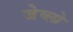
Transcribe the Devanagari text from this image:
जेव्लो